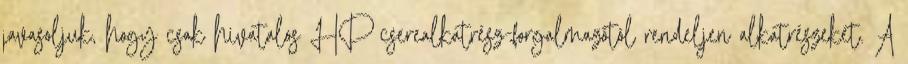
javasoljuk, hogy csak hivatalos HP cserealkatrész-forgalmazótól rendeljen alkatrészeket. A